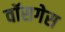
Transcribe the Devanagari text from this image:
वॉसगेस